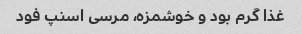
غذا گرم بود و خوشمزه، مرسی اسنپ فود